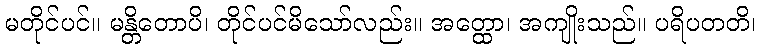
မတိုင်ပင်။ မန္တိတောပိ၊ တိုင်ပင်မိသော်လည်း။ အတ္ထော၊ အကျိုးသည်။ ပရိပတတိ၊